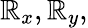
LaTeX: \mathbb{R}_{x},\mathbb{R}_{y},